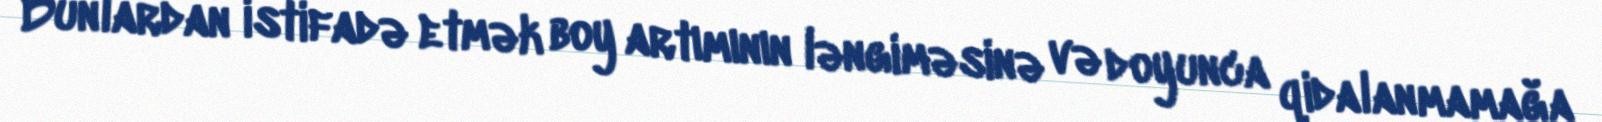
Bunlardan istifadə etmək boy artımının ləngiməsinə və doyunca qidalanmamağa